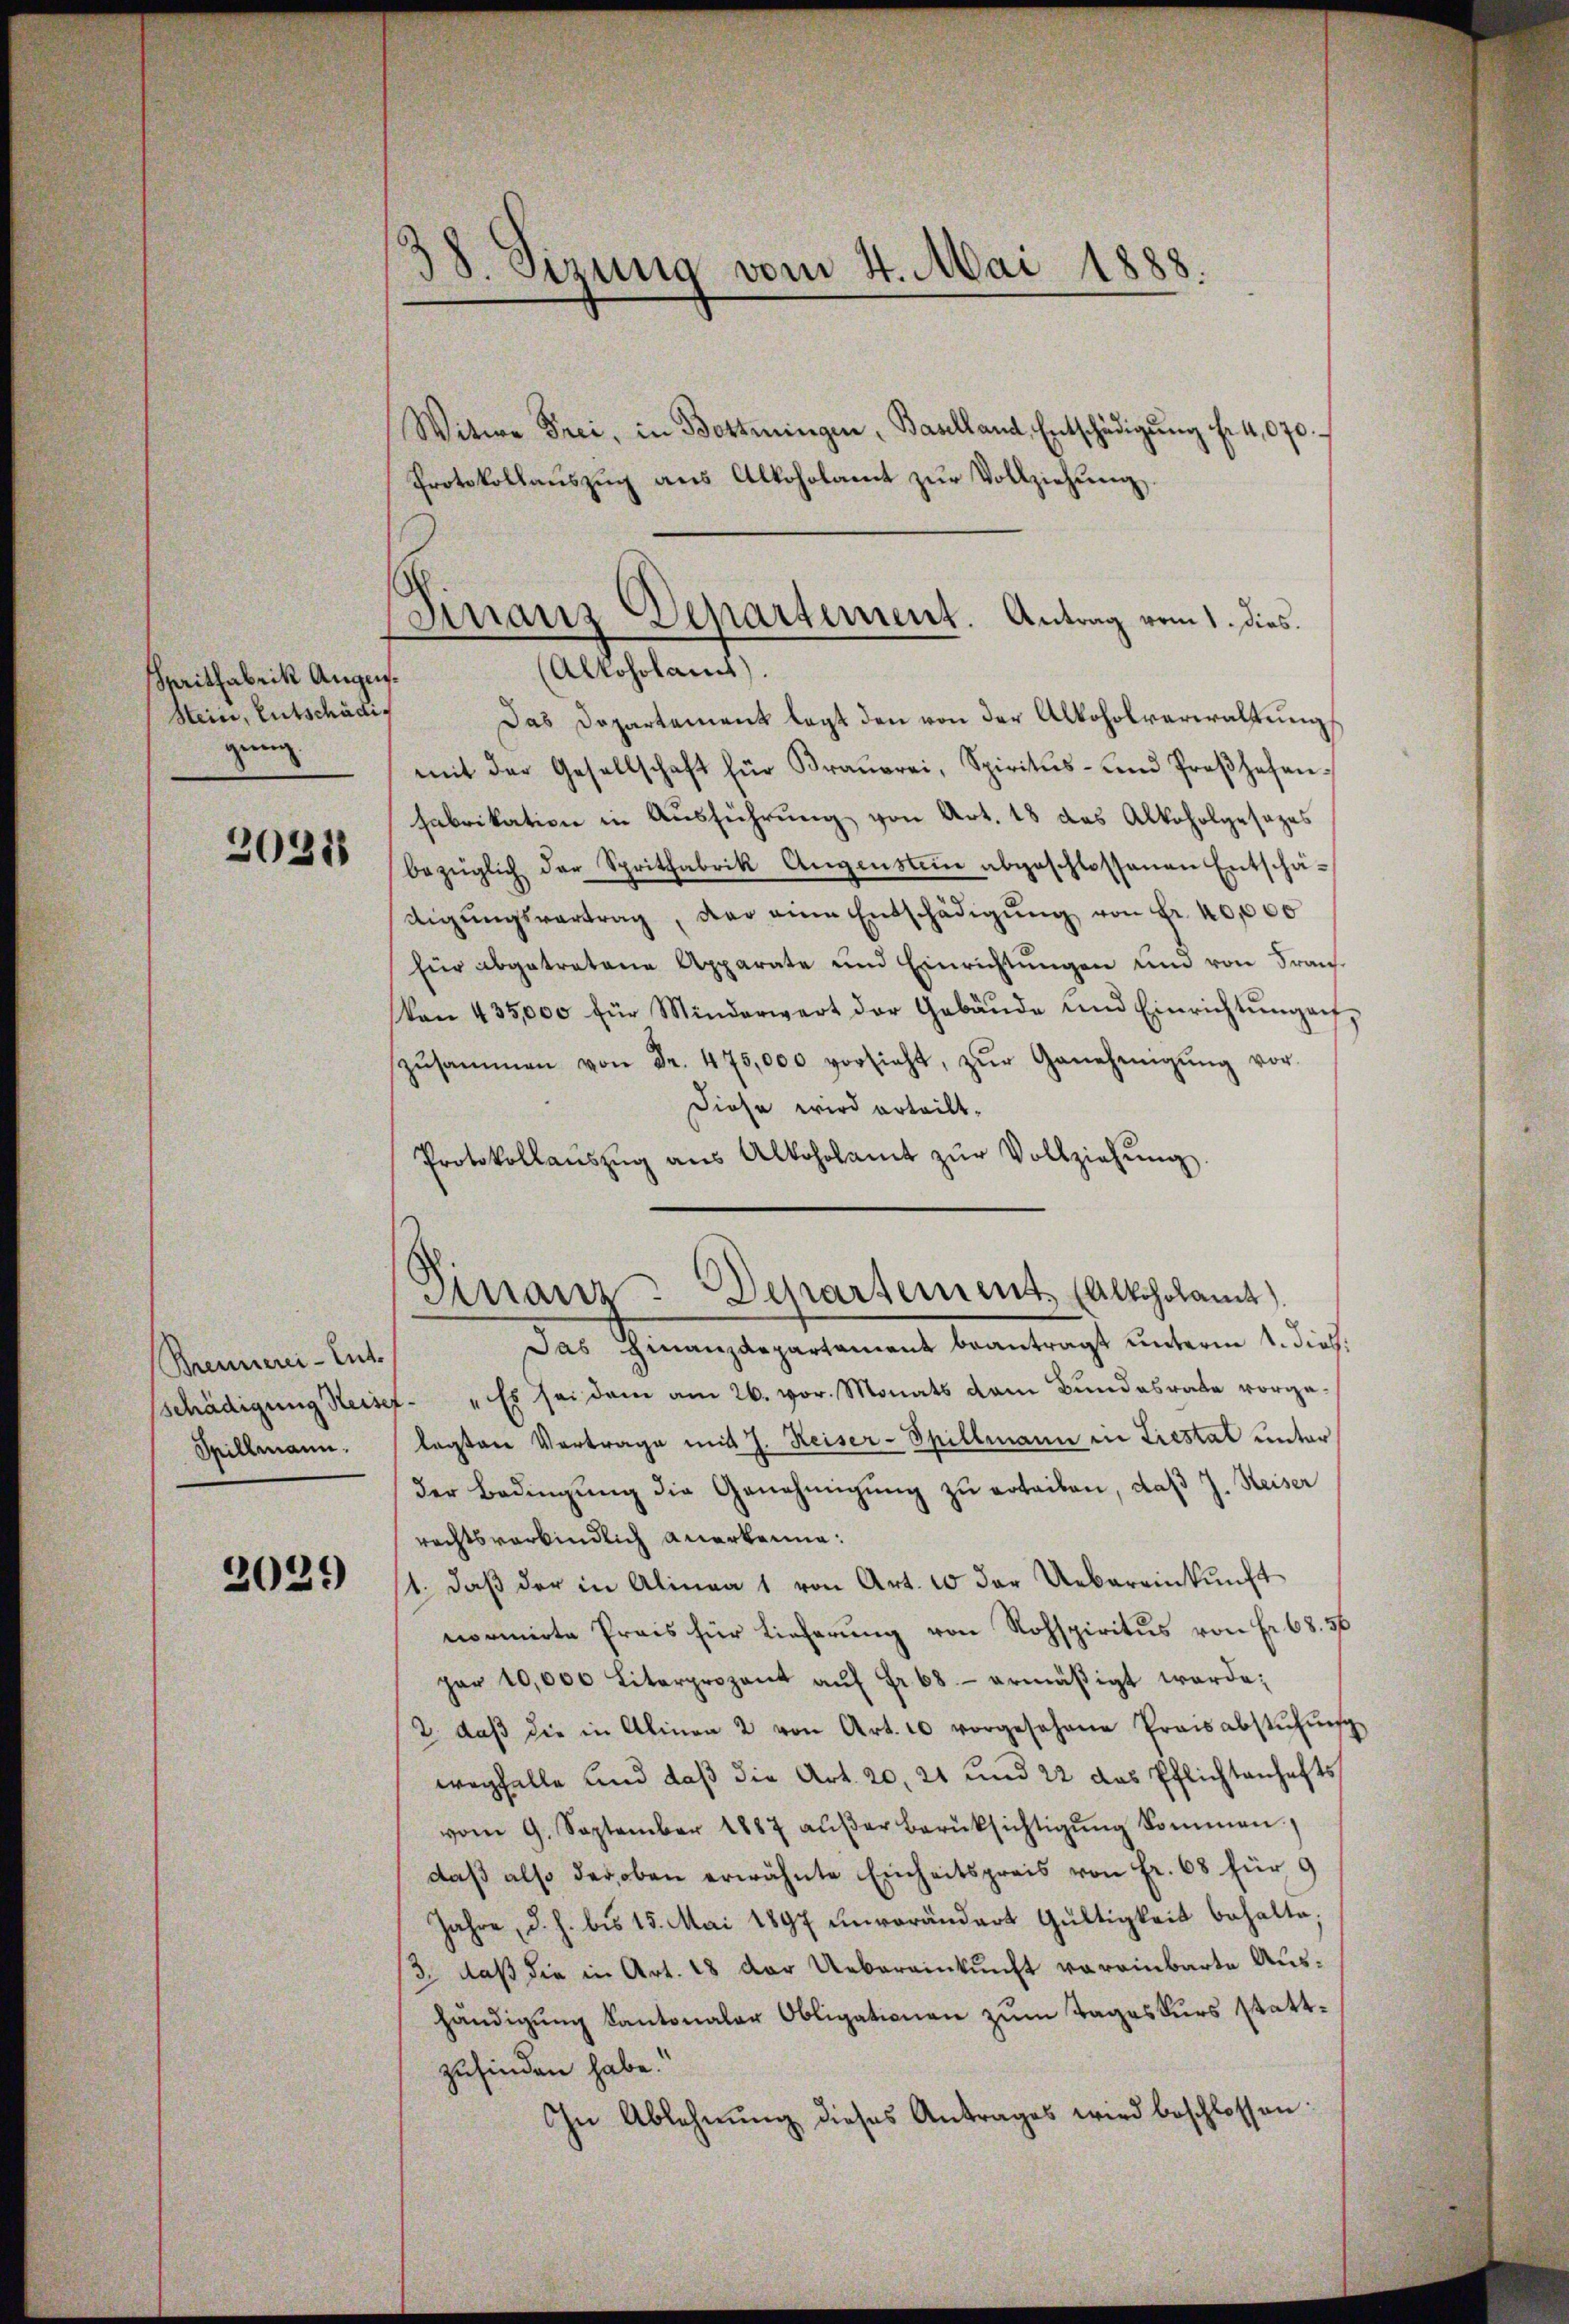
nritfabrik Augu
Stein, Entschädig
gung

2031

Brennerei-Ent.
schädigung Heiser
Spillmann.

2029

38. Sizung vom 4. Mai 1888.

Witwe Frei, in Bestringen, Baselland, Entschädigung fr 4,070.
Protokollauszug aus Alkoholamt zur Vollziehung

Finanz-Departement. Antrag vom 1. dies
(Alkoholamnt).
1

Das Dopartement legt den von der Alkoholverwaltung
mit der Gesellschaft für Fraŭerei, Spiritus- und Proβhefen.
Fabrikation in Ausführung von Art. 18 das Alkoholgesezes
bezüglich der Spritfabrik Augenstein abgeschlossenen Entschädigŭngsvertrag, der eine Entschädigŭng von Fr. 40,000
für abgetretene Apparate und Einrichtŭngen und von Fran-
Von 435,000 für Minderwert der Gebäŭde und Einrichtŭngen,
zŭsammen von Fr. 475,000 vorsieht, zŭr Genehmigŭng vor-
Diese wird erteilt.
Protokollaŭszŭg aŭs Alkoholamt zŭr Vollziehŭng.
Das Finanzdepartament beantragt unterm 1. dies.
." Es sei dem am 26. vor. Monats vom Bŭndesrate vorge-
legten Vortrage mit J. Keiser-Spillmann in Liestal unter
der Bedingŭng die Genehmigŭng zŭ erteiben, daß J. Reiser
rechtsverbindlich anerkanne:
11. daβ der in Alinea 1 von Art. 10 der Uebereinkunft
normirte Preis für Lieferung von Rohspiritus von Fr. 68. 56
per 10,000 Literprozent aŭf Fr. 68.- ermäßigt werde;
2. daβ die in Alinea 2 von Art. 10 vorgesehene Praisabstŭhŭng
wegfalle und daß die Art. 20, 21 und 22 das Pflichtenhafts
vom 9. September 1887 aŭβer Berüksichtigŭng kommen.
daß also der oben erwähnte Einheitspreis von Fr. 68 für 9
Jahre, d. h. bis 15. Mai 1897 unverändert Gültigkeit behalte,
3., daß die in Art. 18 der Uebereinkunft voreinbarte Aushändigung Kantonaler Obligationen zum Tageskurs stattzufinden habe.“
In Ablehnŭng dieses Antrages wird beschlossen:

Finanz-Departement, (Alkoholamt